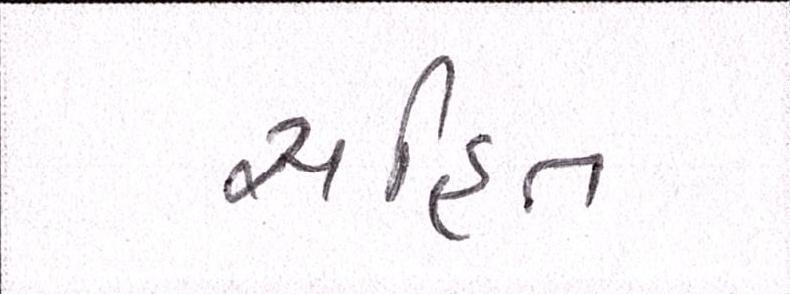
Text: સહિત